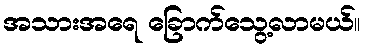
အသားအရေ ခြောက်သွေ့လာမယ်။